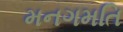
મનગમતિ